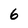
Character: 6